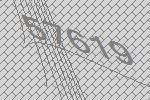
57619